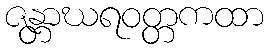
ဇန္တာဃရဝတ္တကထာ